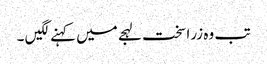
تب وہ زرا سخت لہجے میں کہنے لگیں ۔